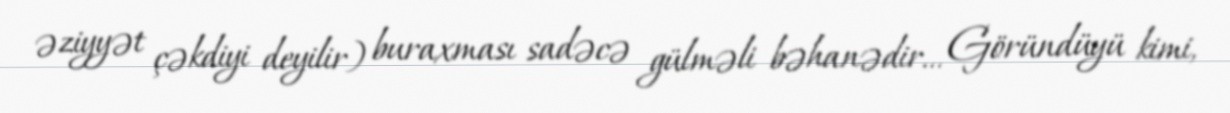
əziyyət çəkdiyi deyilir) buraxması sadəcə gülməli bəhanədir... Göründüyü kimi,